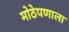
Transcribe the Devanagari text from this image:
मोठेपणाला